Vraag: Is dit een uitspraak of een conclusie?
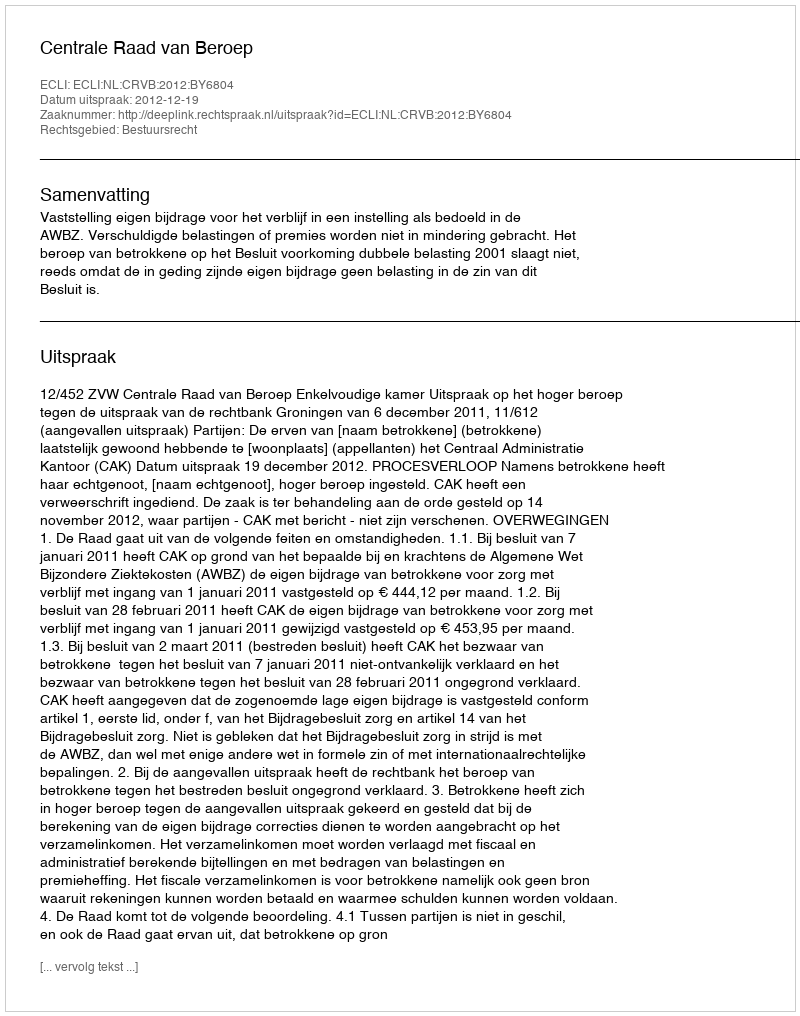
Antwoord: Uitspraak